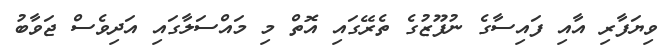
ވިޔަފާރި އާއި ފައިސާގެ ނުފޫޒުގެ ތެރޭގައި އޮތް މި މައްސަލާގައި އަދިވެސް ޖަވާބު